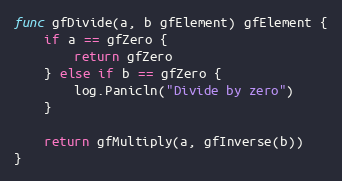
Language: Go
func gfDivide(a, b gfElement) gfElement {
	if a == gfZero {
		return gfZero
	} else if b == gfZero {
		log.Panicln("Divide by zero")
	}

	return gfMultiply(a, gfInverse(b))
}